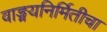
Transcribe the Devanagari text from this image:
वाङ्मयनिर्मितीचा